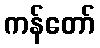
ကန်တော်